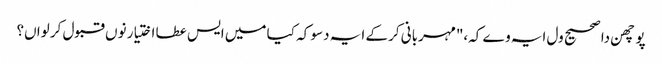
پوچھن دا صحیح ول ایہ وے کہ،"مہربانی کر کے ایہ دسو کہ کیا میں ایس عطا اختیار نوں قبول کر لواں؟